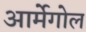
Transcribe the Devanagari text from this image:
आर्मेगोल